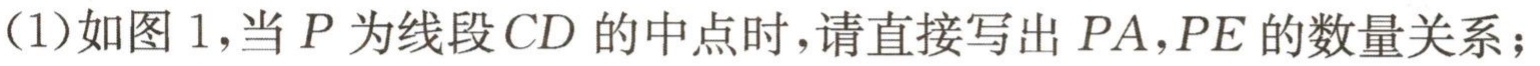
(1)如图 1，当 \(P\)为线段 \(CD\)的中点时，请直接写出 \(PA,PE\)的数量关系；